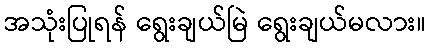
အသုံးပြုရန် ရွေးချယ်မြဲ ရွေးချယ်မလား။